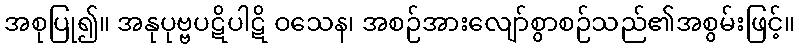
အစုပြု၍။ အနုပုဗ္ဗပဋိပါဋိ ဝသေန၊ အစဉ်အားလျော်စွာစဉ်သည်၏အစွမ်းဖြင့်။